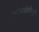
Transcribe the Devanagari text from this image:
एमआईबीजी